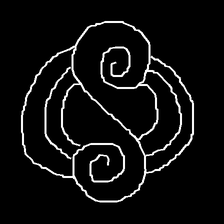
Glyph: wind-underfoot